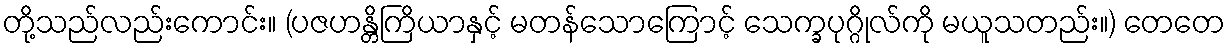
တို့သည်လည်းကောင်း။ (ပဇဟန္တိကြိယာနှင့် မတန်သောကြောင့် သေက္ခပုဂ္ဂိုလ်ကို မယူသတည်း။) တေတေ